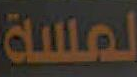
لمسة